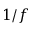
1 / f